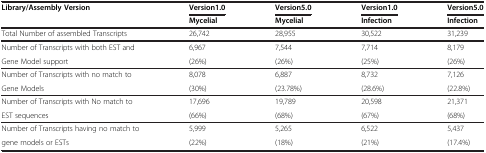
<table><thead><tr><td><b>Library/Assembly Version</b></td><td><b>Version1.0</b></td><td><b>Version5.0</b></td><td><b>Version1.0</b></td><td><b>Version5.0</b></td></tr><tr><td><b> </b></td><td><b>Mycelial</b></td><td><b>Mycelial</b></td><td><b>Infection</b></td><td><b>Infection</b></td></tr></thead><tbody><tr><td>Total Number of assembled Transcripts</td><td>26,742</td><td>28,955</td><td>30,522</td><td>31,239</td></tr><tr><td>Number of Transcripts with both EST and</td><td>6,967</td><td>7,544</td><td>7,714</td><td>8,179</td></tr><tr><td>Gene Model support</td><td>(26%)</td><td>(26%)</td><td>(25%)</td><td>(26%)</td></tr><tr><td>Number of Transcripts with no match to</td><td>8,078</td><td>6,887</td><td>8,732</td><td>7,126</td></tr><tr><td>Gene Models</td><td>(30%)</td><td>(23.78%)</td><td>(28.6%)</td><td>(22.8%)</td></tr><tr><td>Number of Transcripts with No match to</td><td>17,696</td><td>19,789</td><td>20,598</td><td>21,371</td></tr><tr><td>EST sequences</td><td>(66%)</td><td>(68%)</td><td>(67%)</td><td>(68%)</td></tr><tr><td>Number of Transcripts having no match to</td><td>5,999</td><td>5,265</td><td>6,522</td><td>5,437</td></tr><tr><td>gene models or ESTs</td><td>(22%)</td><td>(18%)</td><td>(21%)</td><td>(17.4%)</td></tr></tbody></table>